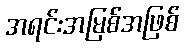
အရင်းအမြစ်အဖြစ်